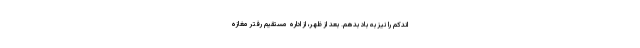
اندکم را نیز به باد بدهم. بعد از ظهر، از اداره مستقیم رفتر مغازه